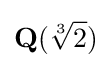
\mathbf {Q} ({\sqrt[{3}]{2}})